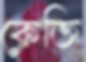
কেজি